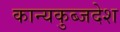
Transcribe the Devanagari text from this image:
कान्यकुब्जदेश